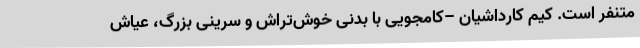
متنفر است. کیم کارداشیان –کامجویی با بدنی خوش‌تراش و سرینی بزرگ، عیاش